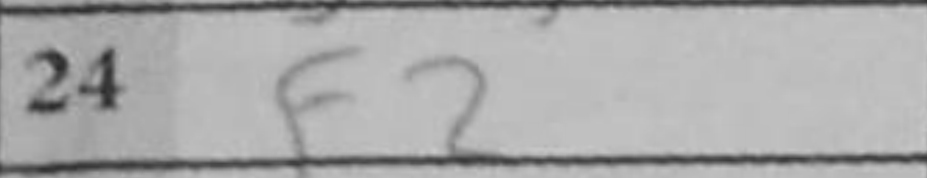
Transcription: f2